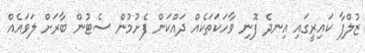
ޒުލްފާ ކައިރީގައި އިނދެ ފޮނި ވާހަކަތަކެއް ދައްކަން ފެށުމުން ސެޓުން ބާރަށް ލަވައެއް